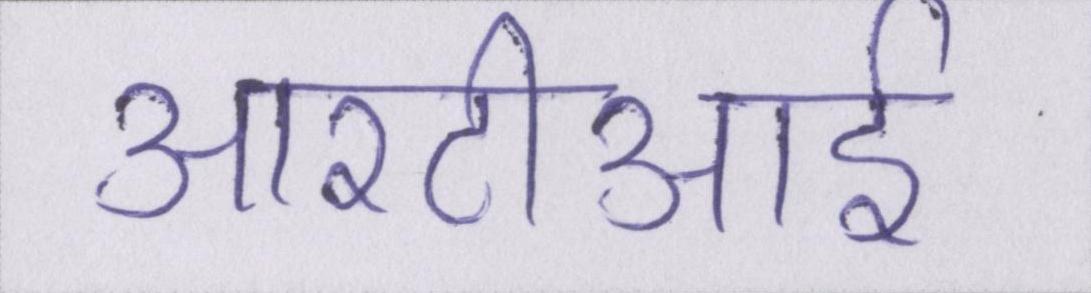
आरटीआई